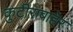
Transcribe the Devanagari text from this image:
कुटीराबाहेर